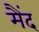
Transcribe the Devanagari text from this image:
मैंद